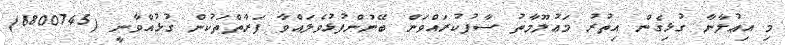
މި އިޢުލާނާ ގުޅިގެން އިތުރު މަޢުލޫމާތު ސާފުކުރައްވަން ބޭނުންފުޅުވެލައްވާ ފަރާތްތަކުން ގުޅުއްވާނީ (6800745)